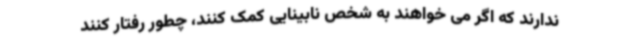
ندارند که اگر می خواهند به شخص نابینایی کمک کنند، چطور رفتار کنند